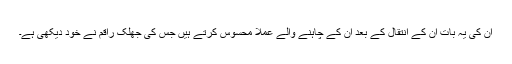
ان کی یہ بات ان کے انتقال کے بعد ان کے چاہنے والے عملاََ محسوس کرتے ہیں جس کی جھلک راقم نے خود دیکھی ہے۔